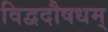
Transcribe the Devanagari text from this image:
विद्वदौषधम्